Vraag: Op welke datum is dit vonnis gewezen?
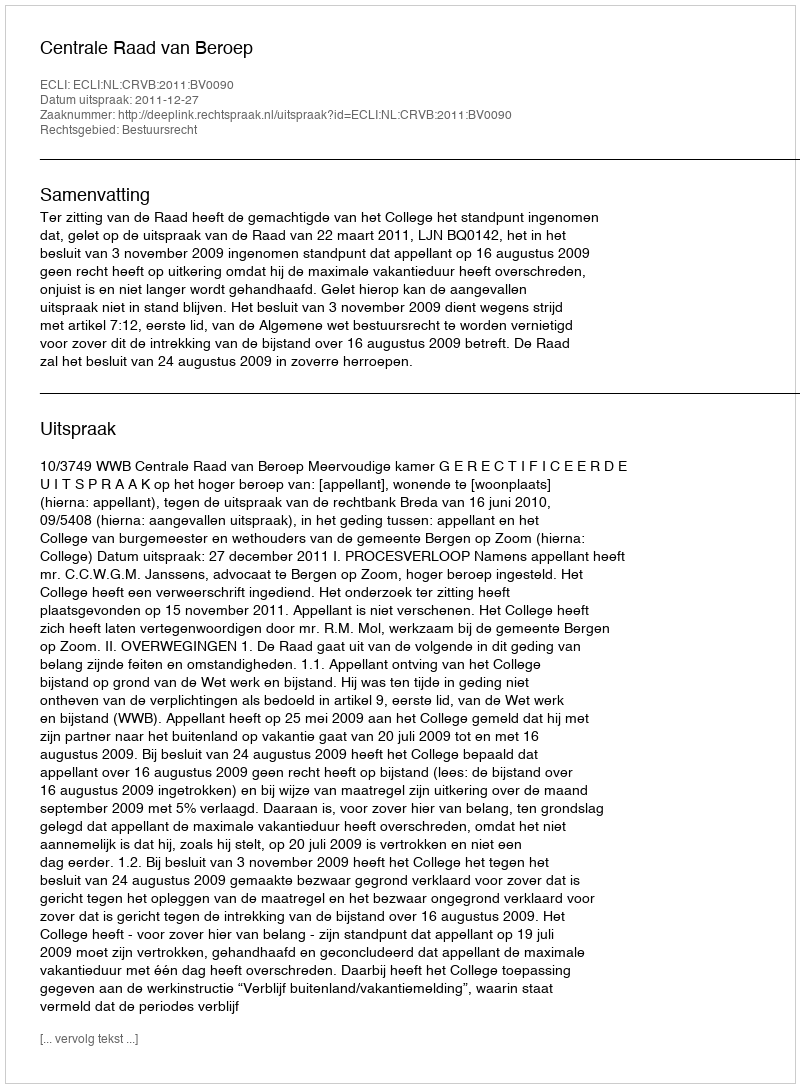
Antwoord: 2011-12-27